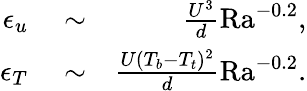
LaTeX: \begin{array}{rlr}{\epsilon_{u}}&{{}\sim}&{\frac{U^{3}}{d}\mathrm{Ra}^{-0.2},}\\ {\epsilon_{T}}&{{}\sim}&{\frac{U(T_{b}-T_{t})^{2}}{d}\mathrm{Ra}^{-0.2}.}\end{array}